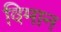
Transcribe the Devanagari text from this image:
विमान